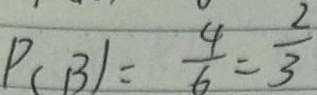
P _ { ( B ) } = \frac { 4 } { 6 } = \frac { 2 } { 3 }